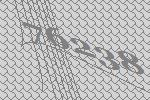
76238